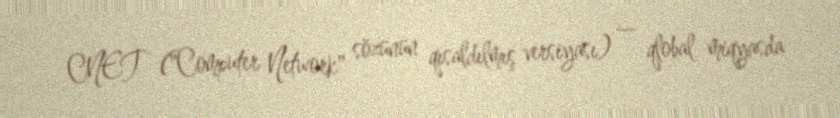
CNET ("Computer Network" sözünün qısaldılmış versiyası) — qlobal miqyasda